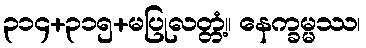
၃၁၄+၃၁၅+မပြုလတ္တံ့။ နေက္ခမ္မဿ၊